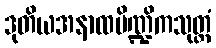
ဒုတိယအနာထပိဏ္ဍိကသုတ္တံ